Leprosy in India: report of the Leprosy Commission in India, 1890-91
Year: 1890
Disease focus: Leprosy
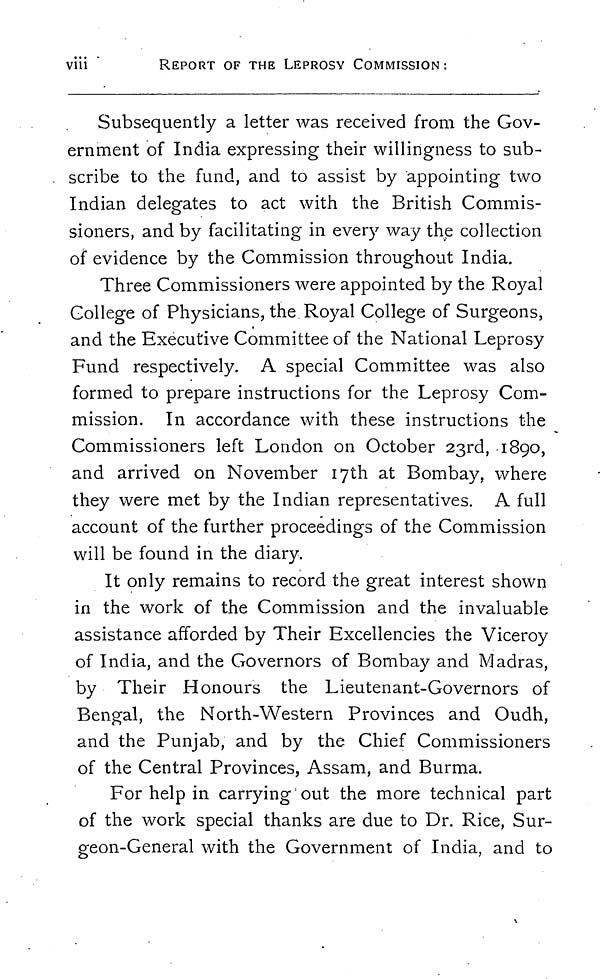
viii
REPORT OF THE LEPROSY COMMISSION:
Subsequently a letter was received from the Gov-
ernment of India expressing their willingness to sub-
scribe to the fund, and to assist by appointing two
Indian delegates to act with the British Commis-
sioners, and by facilitating in every way the collection
of evidence by the Commission throughout India.
Three Commissioners were appointed by the Royal
College of Physicians, the Royal College of Surgeons,
and the Executive Committee of the National Leprosy
Fund respectively. A special Committee was also
formed to prepare instructions for the Leprosy Com-
mission. In accordance with these instructions the
Commissioners left London on October 23rd, 1890,
and arrived on November 17th at Bombay, where
they were met by the Indian representatives. A full
account of the further proceedings of the Commission
will be found in the diary.
It only remains to record the great interest shown
in the work of the Commission and the invaluable
assistance afforded by Their Excellencies the Viceroy
of India, and the Governors of Bombay and Madras,
by Their Honours the Lieutenant-Governors of
Bengal, the North-Western Provinces and Oudh,
and the Punjab, and by the Chief Commissioners
of the Central Provinces, Assam, and Burma.
For help in carrying out the more technical part
of the work special thanks are due to Dr. Rice, Sur-
geon-General with the Government of India, and to